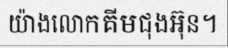
យ៉ាងលោកគីមជុងអ៊ុន។